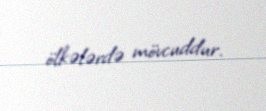
ölkələrdə mövcuddur.